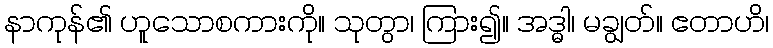
နာကုန်၏ ဟူသောစကားကို။ သုတွာ၊ ကြား၍။ အဒ္ဓါ၊ မချွတ်။ ဧတာဟိ၊